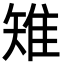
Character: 雉